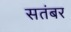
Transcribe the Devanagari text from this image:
सतंबर